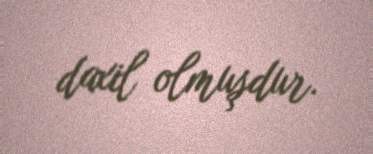
daxil olmuşdur.